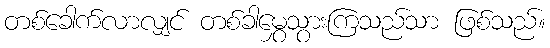
တစ်ခေါက်လာလျှင် တစ်ခါမွှေသွားကြသည်သာ ဖြစ်သည်။